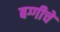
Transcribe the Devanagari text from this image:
बग्गीचे